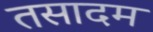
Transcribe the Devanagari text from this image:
तसादम